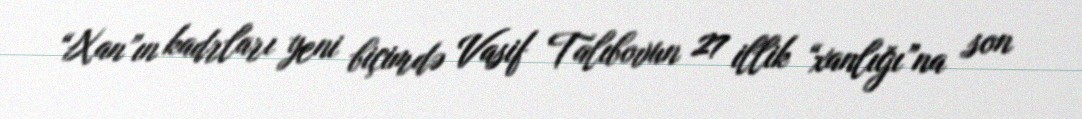
“Xan”ın kadrları yeni biçimdə Vasif Talıbovun 27 illik “xanlığı”na son